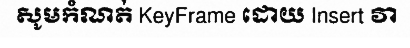
សូមកំណត់ KeyFrame ដោយ Insert វា